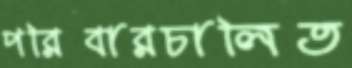
পরিবারচালিত